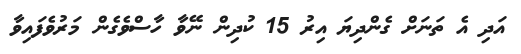
އަދި އެ ތަނަށް ގެންދިޔަ އިރު 15 ކުދިން ނޭވާ ހާސްވެގެން މަރުވެފައިވާ